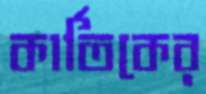
কার্তিকের